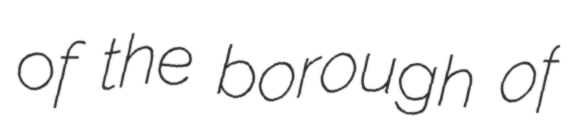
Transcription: of the borough of